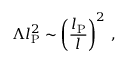
\Lambda l _ { \mathrm { P } } ^ { 2 } \sim \left( \frac { l _ { \mathrm { P } } } { l } \right) ^ { 2 } \, ,